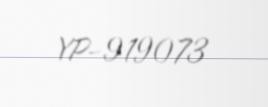
YP-919073